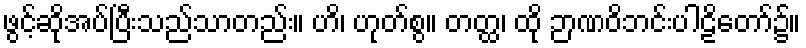
ဖွင့်ဆိုအပ်ပြီးသည်သာတည်း။ ဟိ၊ ဟုတ်စွ။ တတ္ထ၊ ထို ဉာဏဝိဘင်းပါဠိတော်၌။